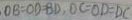
O B = O D = B D , O C = O D = D C